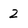
Character: 2